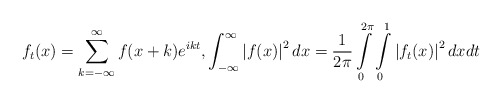
\begin{align*}f_{t}(x)=\sum\limits_{k=-\infty}^{\infty}f(x+k)e^{ikt},\int_{-\infty}^{\infty}\left\vert f(x)\right\vert ^{2}dx=\frac{1}{2\pi}\int\limits_{0}^{2\pi}\int\limits_{0}^{1}\left\vert f_{t}(x)\right\vert ^{2}dxdt\end{align*}